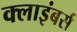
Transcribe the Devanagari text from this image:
क्लाइंबर्स